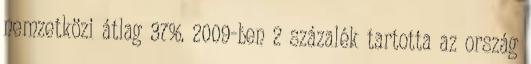
nemzetközi átlag 37%. 2009-ben 2 százalék tartotta az ország